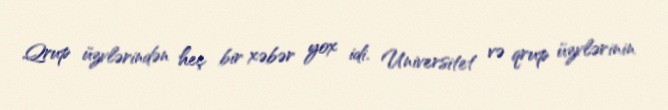
Qrup üzvlərindən heç bir xəbər yox idi. Universitet və qrup üzvlərinin